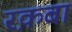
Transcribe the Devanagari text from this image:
रक़बा